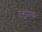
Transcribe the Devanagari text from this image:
टेट्रापेक